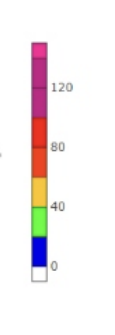
Blue: 0 to 20
Green: 20 to 40
Yellow: 40 to 60
Orange: 60 to 80
Red: 80 to 100
Magenta: 100 to 120
Pink: 120 to 130